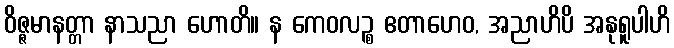
ဝိဇ္ဇမာနတ္တာ နာသညာ ဟောတိ။ န ကေဝလဉ္စ ဧတာဟေဝ, အညာဟိပိ အနုရူပါဟိ